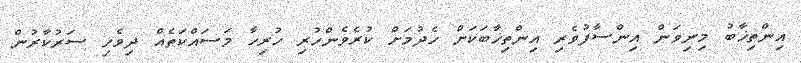
އިންތިޚާބު މިނިވަން އިންސާފުވެރި އިންތިޚާބަކަށް ހެދުމަށް ކުރެވެންހުރި ހުރިހާ މަސައްކަތެއް ދިވެހި ސަރުކާރުން